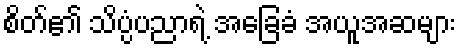
စိတ်၏ သိပ္ပံပညာရဲ့ အခြေခံ အယူအဆများ